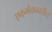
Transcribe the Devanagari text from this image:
एकमेकावरील